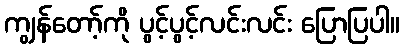
ကျွန်တော့်ကို ပွင့်ပွင့်လင်းလင်း ပြောပြပါ။